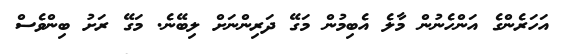
އަހަރެންގެ އަންހެނުން މާލެ އެބިމުން މަގޭ ދަރިންނަށް ލިބޭނެ. މަގޭ ރަށު ބިންވެސް